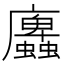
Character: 蠯